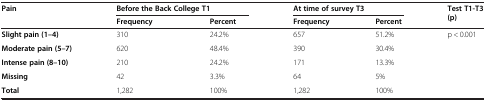
| <ROWSPAN=2> Pain | <COLSPAN=2> Before the Back College T1 | <COLSPAN=2> At time of survey T3 | <ROWSPAN=2> Test T1-T3 (p) |
 | Frequency | Percent | Frequency | Percent |
 | --- | --- | --- | --- | --- | --- |
 | Slight pain (1–4) | 310 | 24.2% | 657 | 51.2% | <ROWSPAN=5> p < 0.001 |
 | Moderate pain (5–7) | 620 | 48.4% | 390 | 30.4% |
 | Intense pain (8–10) | 210 | 24.2% | 171 | 13.3% |
 | Missing | 42 | 3.3% | 64 | 5% |
 | Total | 1,282 | 100% | 1,282 | 100% |